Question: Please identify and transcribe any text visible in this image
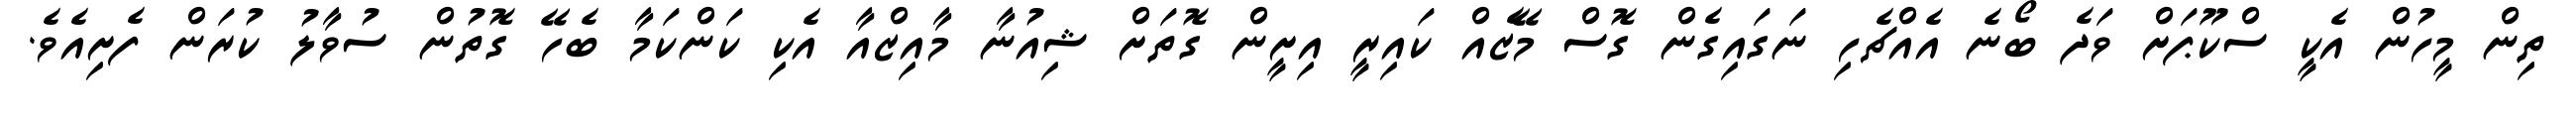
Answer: ތިން މީހުން އެކީ ސްކޫޕަށް ވަދެ ބޯނެ އެއްޗެހި ނަގައިގެން ގޮސް މޭޒެއް ކައިރީ އިށީން ގޮތަށް ޝިއުނާ މާއިޒްއާ އެކި ކަންކަމާ ބެހޭ ގޮތުން ސުވާލު ކުރަން ފެށިއެވެ.